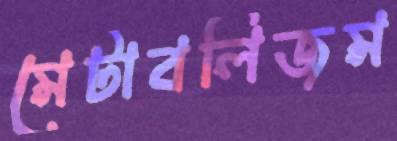
মেটাবলিজম